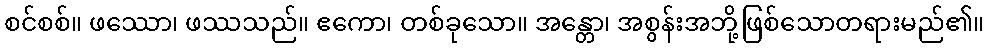
စင်စစ်။ ဖဿော၊ ဖဿသည်။ ဧကော၊ တစ်ခုသော။ အန္တော၊ အစွန်းအဘို့ဖြစ်သောတရားမည်၏။